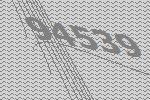
94539